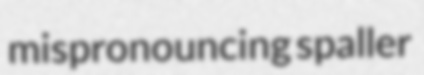
mispronouncing spaller